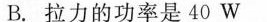
B.拉力的功率是40W